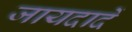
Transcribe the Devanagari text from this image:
जायदादें